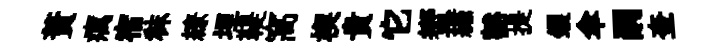
蕡癘宿秣繚埋鞮窩楔貴它蠁繡豁提钁傘嗣奎